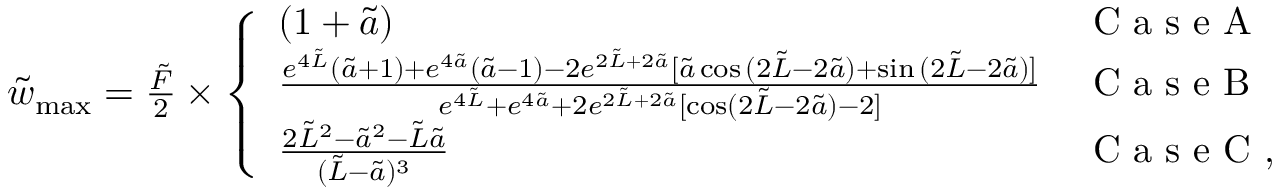
\begin{array} { r } { \tilde { w } _ { \mathrm { m a x } } = \frac { \tilde { F } } { 2 } \times \left\{ \begin{array} { l l } { ( 1 + \tilde { a } ) } & { \mathrm { ~ C ~ a ~ s ~ e ~ A ~ } } \\ { \frac { e ^ { 4 \tilde { L } } ( \tilde { a } + 1 ) + e ^ { 4 \tilde { a } } ( \tilde { a } - 1 ) - 2 e ^ { 2 \tilde { L } + 2 \tilde { a } } [ \tilde { a } \cos { ( 2 \tilde { L } - 2 \tilde { a } ) } + \sin { ( 2 \tilde { L } - 2 \tilde { a } ) ] } } { e ^ { 4 \tilde { L } } + e ^ { 4 \tilde { a } } + 2 e ^ { 2 \tilde { L } + 2 \tilde { a } } [ \cos ( 2 \tilde { L } - 2 \tilde { a } ) - 2 ] } } & { \mathrm { ~ C ~ a ~ s ~ e ~ B ~ } } \\ { \frac { 2 \tilde { L } ^ { 2 } - \tilde { a } ^ { 2 } - \tilde { L } \tilde { a } } { ( \tilde { L } - \tilde { a } ) ^ { 3 } } } & { \mathrm { ~ C ~ a ~ s ~ e ~ C ~ } , } \end{array} \right. } \end{array}